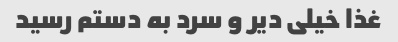
غذا خیلی دیر و سرد به دستم رسید